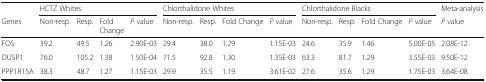
<table><thead><tr><td>[EMPTY_CELL]</td><td colspan="4"><b>HCTZ Whites</b></td><td colspan="4"><b>Chlorthalidone Whites</b></td><td colspan="4"><b>Chlorthalidone Blacks</b></td><td><b>Meta-analysis</b></td></tr><tr><td><b>Genes</b></td><td><b>Non-resp.</b></td><td><b>Resp.</b></td><td><b>Fold Change</b></td><td><b><i>P</i> value</b></td><td><b>Non-resp.</b></td><td><b>Resp.</b></td><td><b>Fold Change</b></td><td><b><i>P</i> value</b></td><td><b>Non-resp.</b></td><td><b>Resp.</b></td><td><b>Fold Change</b></td><td><b><i>P</i> value</b></td><td><b><i>P</i> value</b></td></tr></thead><tbody><tr><td>FOS</td><td>39.2</td><td>49.5</td><td>1.26</td><td>2.90E-03</td><td>29.4</td><td>38.0</td><td>1.29</td><td>1.15E-03</td><td>24.6</td><td>35.9</td><td>1.46</td><td>5.00E-05</td><td>2.08E-12</td></tr><tr><td>DUSP1</td><td>76.0</td><td>105.2</td><td>1.38</td><td>1.50E-04</td><td>71.5</td><td>92.8</td><td>1.30</td><td>1.35E-03</td><td>63.3</td><td>81.7</td><td>1.29</td><td>3.55E-03</td><td>9.50E-12</td></tr><tr><td>PPP1R15A</td><td>38.3</td><td>48.7</td><td>1.27</td><td>1.15E-03</td><td>29.9</td><td>35.5</td><td>1.19</td><td>3.61E-02</td><td>27.6</td><td>35.6</td><td>1.29</td><td>1.75E-03</td><td>3.64E-08</td></tr></tbody></table>